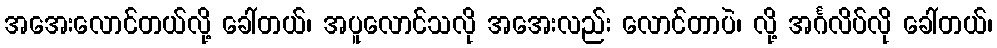
အအေးလောင်တယ်လို့ ခေါ်တယ်၊ အပူလောင်သလို အအေးလည်း လောင်တာပဲ၊ လို့ အင်္ဂလိပ်လို ခေါ်တယ်၊